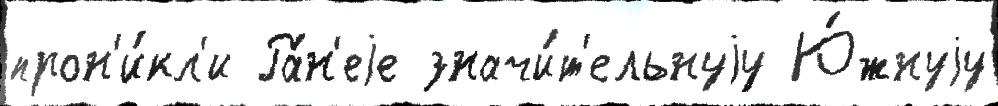
прон'и́кл'и Ра́н'еjе значи́т'ельнуjу Ю́жнуjу